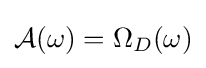
{\mathcal {A}}(\omega )=\Omega _{D}(\omega )